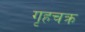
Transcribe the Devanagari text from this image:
गृहचक्र